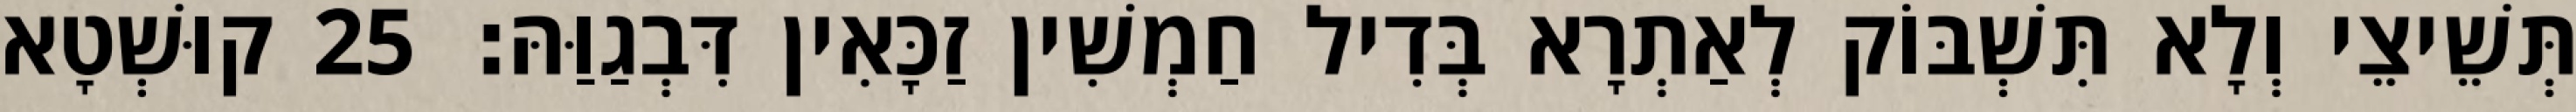
תְּשֵׁיצֵי וְלָא תִּשְׁבּוֹק לְאַתְרָא בְּדִיל חַמְשִׁין זַכָּאִין דִּבְגַוַּהּ׃ 25 קוּשְׁטָא